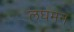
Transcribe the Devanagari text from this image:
लघमन